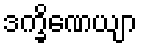
ဒက္ခိဏေယျာ